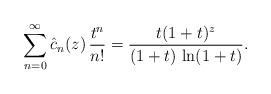
LaTeX: \begin{align*}\sum_{n=0}^{\infty} \hat{c}_n(z)\,\frac{t^n}{n!}=\frac{t(1+t)^z}{(1+t)\,\ln(1+t)}.\end{align*}